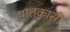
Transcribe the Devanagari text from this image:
पातकासी